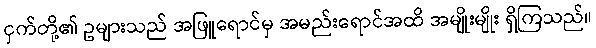
ငှက်တို့၏ ဥများသည် အဖြူရောင်မှ အမည်းရောင်အထိ အမျိုးမျိုး ရှိကြသည်။